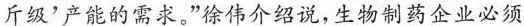
斤级’产能的需求。”徐伟介绍说，生物制药企业必须